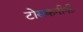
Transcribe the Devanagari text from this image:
टोसकनीनीः